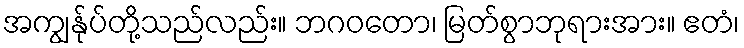
အကျွန်ုပ်တို့သည်လည်း။ ဘဂဝတော၊ မြတ်စွာဘုရားအား။ ဧတံ၊